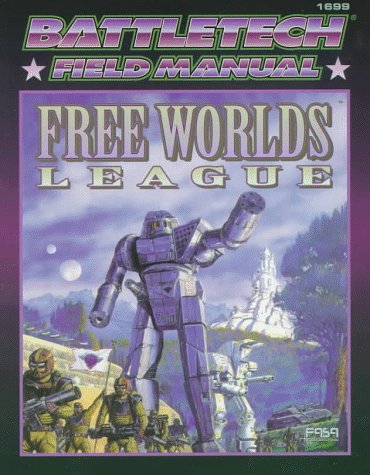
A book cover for Classic Battletech: Field Manual: Free Worlds League (FAS1699); FASA Corporation; Science Fiction & Fantasy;